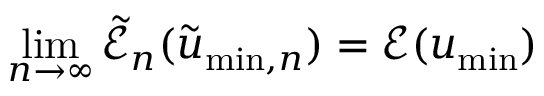
\operatorname* { l i m } _ { n \to \infty } \widetilde { \mathcal { E } } _ { n } ( \widetilde { u } _ { \mathrm { m i n } , n } ) = \mathcal { E } ( u _ { \mathrm { m i n } } )